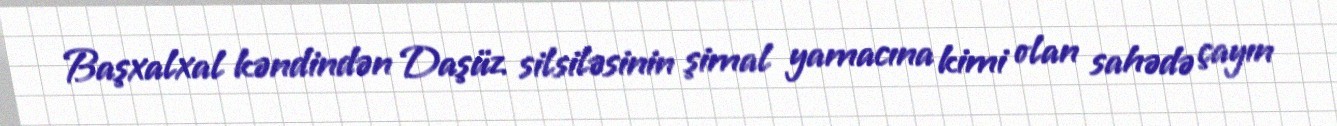
Başxalxal kəndindən Daşüz silsiləsinin şimal yamacına kimi olan sahədə çayın